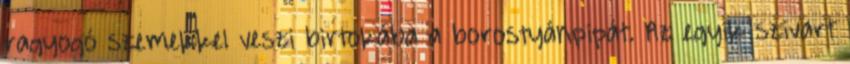
ragyogó szemekkel veszi birtokába a borostyánpipát. Az egyik szivart